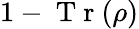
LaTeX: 1-\mathrm{~T~r~}(\rho)